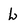
Character: L